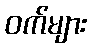
ဝက်များ